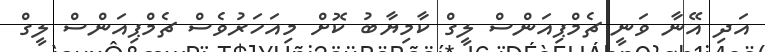
އަދި އޭނާ ވަނީ ޗެމްޕިއަންސް ލީގް ކާމިޔާބު ކޮށް މިއަހަރުވެސް ޗެމްޕިއަންސް ލީގް